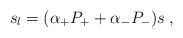
LaTeX: \begin{align*}s_l=(\alpha _{+}P_{+}+\alpha _{-}P_{-})s\;,\end{align*}